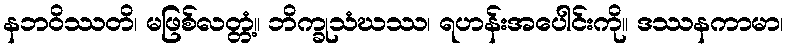
နဘဝိဿတိ၊ မဖြစ်လတ္တံ့။ ဘိက္ခုသံဃဿ၊ ရဟန်းအပေါင်းကို။ ဒဿနကာမာ၊